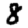
Digit: 8